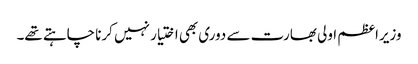
وزیراعظم اولی بھارت سے دوری بھی اختیار نہیں کرنا چاہتے تھے۔